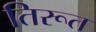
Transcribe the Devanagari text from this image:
तिरूत